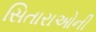
સિતારાઓની